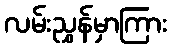
လမ်းညွှန်မှာကြား